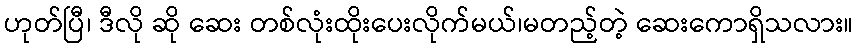
ဟုတ်ပြီ၊ ဒီလို ဆို ဆေး တစ်လုံးထိုးပေးလိုက်မယ်၊မတည့်တဲ့ ဆေးကောရှိသလား။